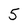
Character: 5